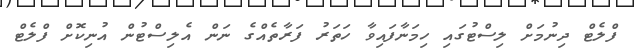
ފްލެޓް ދިނުމަށް ލިސްޓުގައި ހިމަނާފައިވާ ހަތަރު ފަރާތެއްގެ ނަން އެލިސްޓުން އުނިކޮށް ފްލެޓް